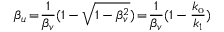
\beta _ { u } \! = \! \frac { 1 } { \beta _ { v } } ( 1 - \sqrt { 1 - \beta _ { v } ^ { 2 } } ) \! = \! \frac { 1 } { \beta _ { v } } ( 1 - \frac { k _ { \mathrm { o } } } { k _ { 1 } } )